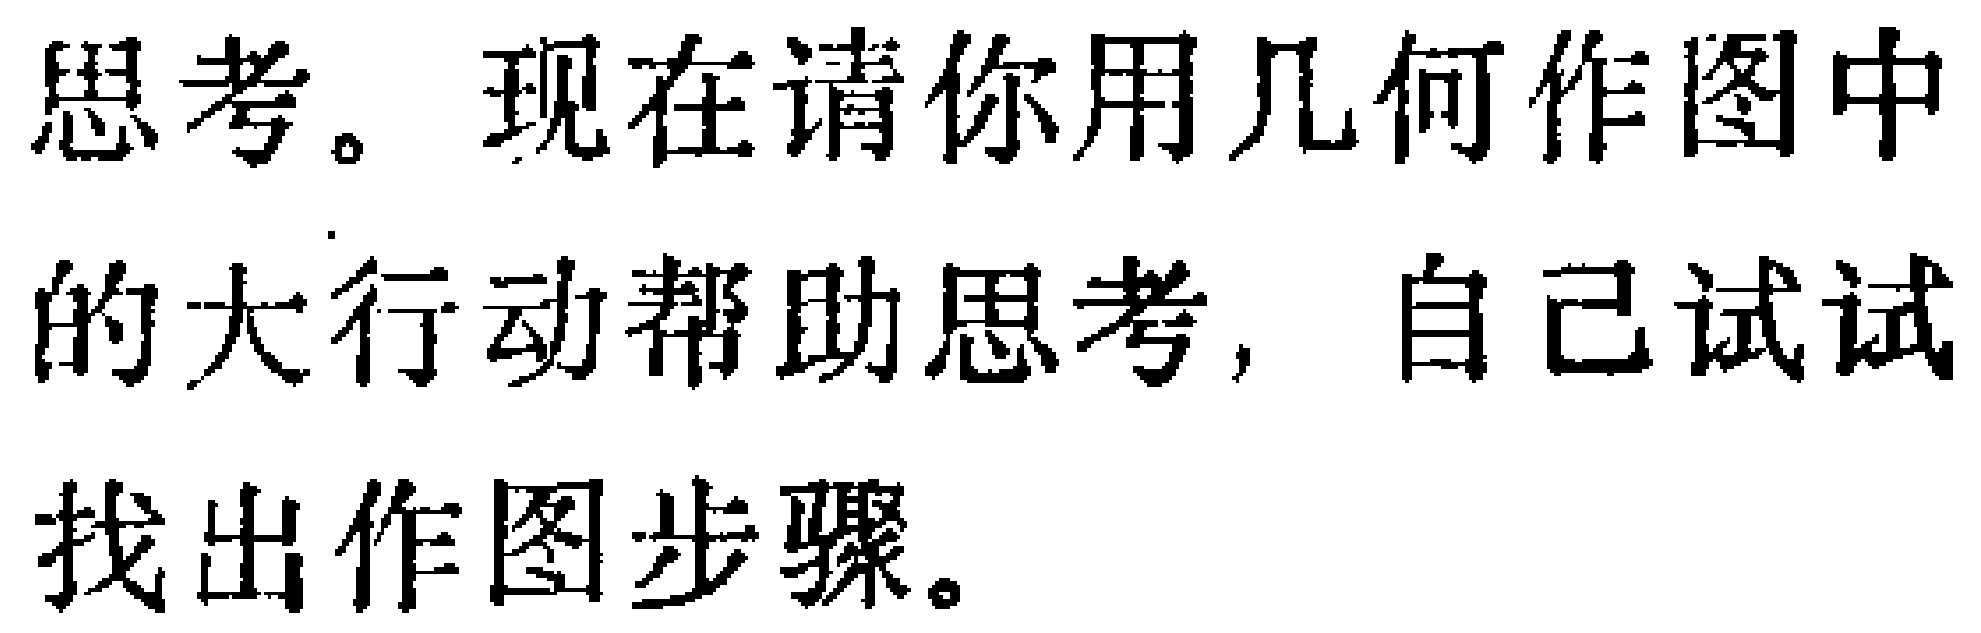
思考。现在请你用几何作图中的大行动帮助思考，自己试试找出作图步骤。